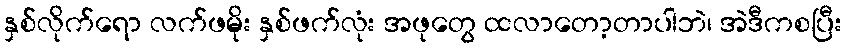
နှစ်လိုက်ရော လက်ဖမိုး နှစ်ဖက်လုံး အဖုတွေ ထလာတော့တာပါဘဲ၊ အဲဒီကစပြီး